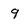
Character: 9